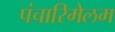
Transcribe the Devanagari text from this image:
पंचारिमेलम